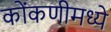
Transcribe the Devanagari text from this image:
कोंकणीमध्ये